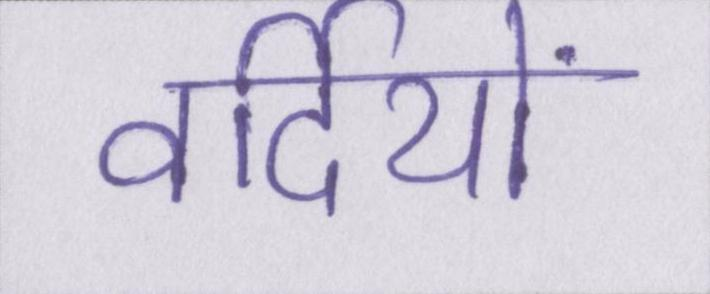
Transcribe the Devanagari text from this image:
वर्दियों